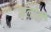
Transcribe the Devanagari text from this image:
मलोती